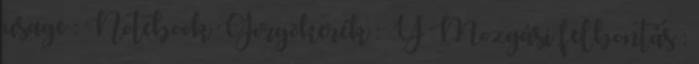
usage : Notebook Görgõkerék : Y Mozgási felbontás :